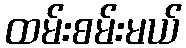
ထမ်းစမ်းမယ်